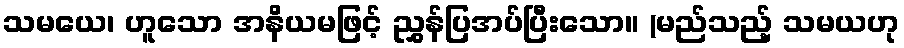
သမယေ၊ ဟူသော အနိယမဖြင့် ညွှန်ပြအပ်ပြီးသော။ (မည်သည့် သမယဟု